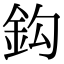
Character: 鈎